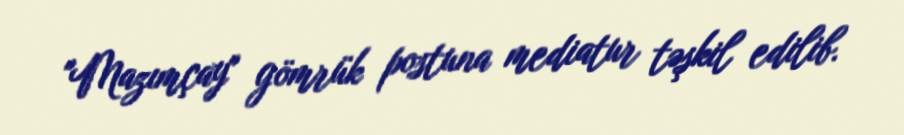
"Mazımçay" gömrük postuna mediatur təşkil edilib.